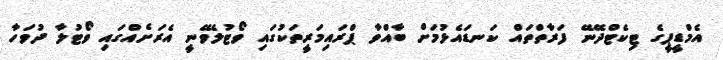
އެމްޑީޕީގެ ޓިކެޓްދޭނޭ ފަރާތްތައް ކަނޑައެޅުމަށް ބާއްވާ ޕްރައިމަރީތަކުގައި ވޯޓުލެވޭނީ އެރަށެއްގައި ވޯޓުލާ ދުވަހާ